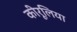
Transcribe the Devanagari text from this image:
कीरूलिया